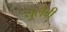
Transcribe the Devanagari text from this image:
युलेवी